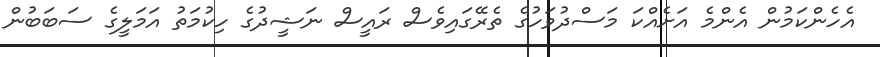
އެހެންކަމުން އެންމެ އަށެއްކަ މަސްދުވަހުގެ ތެރޭގައިވެސް ރައީސް ނަޝީދުގެ ހިކުމަތު އަމަލީގެ ސަބަބުން